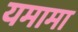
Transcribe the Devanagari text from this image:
यमामा